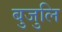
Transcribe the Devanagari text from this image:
बुजुलि